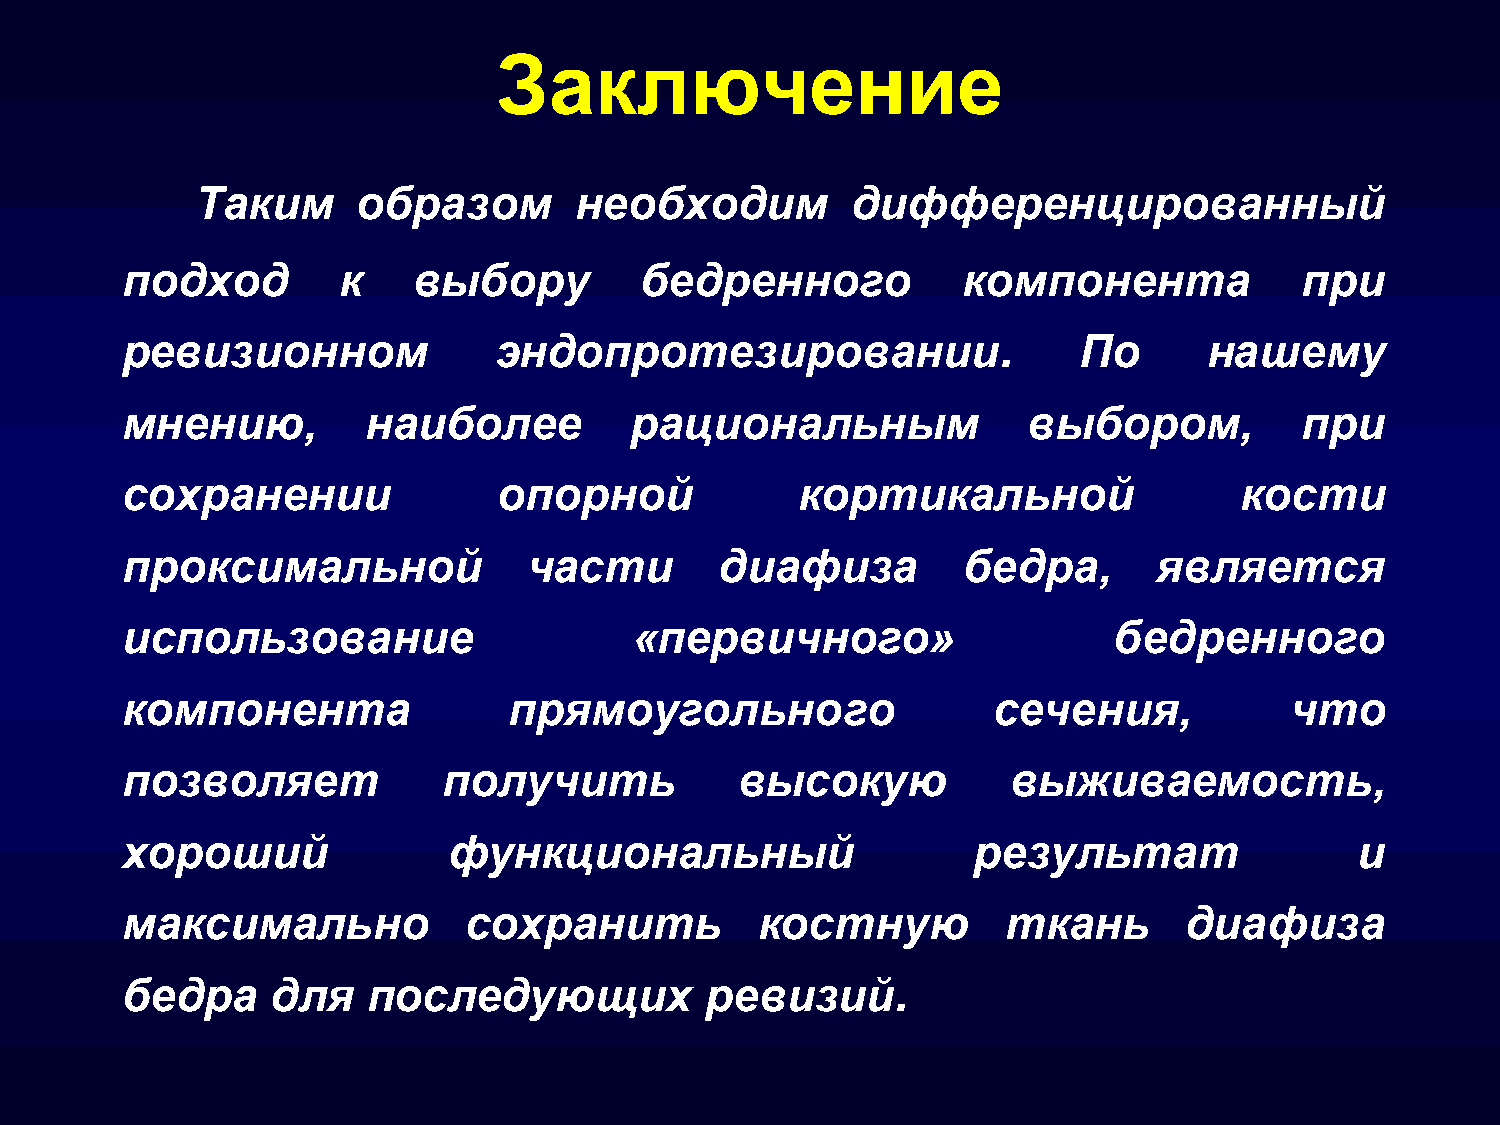
Заключение
 Таким      образом       необходим         дифференцированный
 подход        к    выбору         бедренного            компонента            при
 ревизионном              эндопротезировании.                   По       нашему
 мнению,         наиболее          рациональным              выбором,          при
 сохранении               опорной             кортикальной                 кости
 проксимальной              части        диафиза         бедра,       является
 использование                     «первичного»                    бедренного
 компонента                прямоугольного                  сечения,           что
 позволяет            получить            высокую           выживаемость,
 хороший               функциональный                    результат                 и
 максимально            сохранить          костную          ткань      диафиза
 бедра     для   последующих            ревизий.